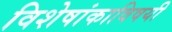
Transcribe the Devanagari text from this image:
विशेषांकाविषयी